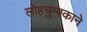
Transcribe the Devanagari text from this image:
लोहचुम्बकाने